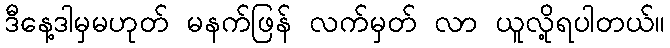
ဒီနေ့ဒါမှမဟုတ် မနက်ဖြန် လက်မှတ် လာ ယူလို့ရပါတယ်။